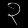
Digit: ၃